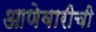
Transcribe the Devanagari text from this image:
आणेवारीची